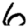
Digit: 6